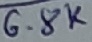
Text: 6.8K